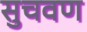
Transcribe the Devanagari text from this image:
सुचवण